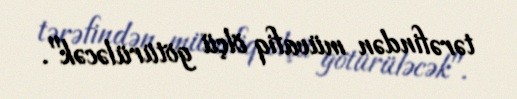
tərəfindən müvafiq ölçü götürüləcək".